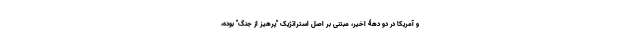
و آمریکا در دو دهۀ اخیر، مبتنی بر اصل استراتژیک "پرهیز از جنگ" بوده،